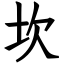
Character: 坎